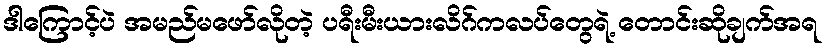
ဒါကြောင့်ပဲ အမည်မဖော်လိုတဲ့ ပရီးမီးယားလိဂ်ကလပ်တွေရဲ့ တောင်းဆိုချက်အရ